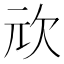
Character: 𭭅